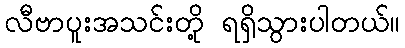
လီဗာပူးအသင်းတို့ ရရှိသွားပါတယ်။